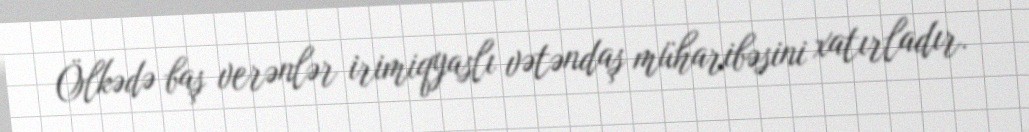
Ölkədə baş verənlər irimiqyaslı vətəndaş müharibəsini xatırladır.